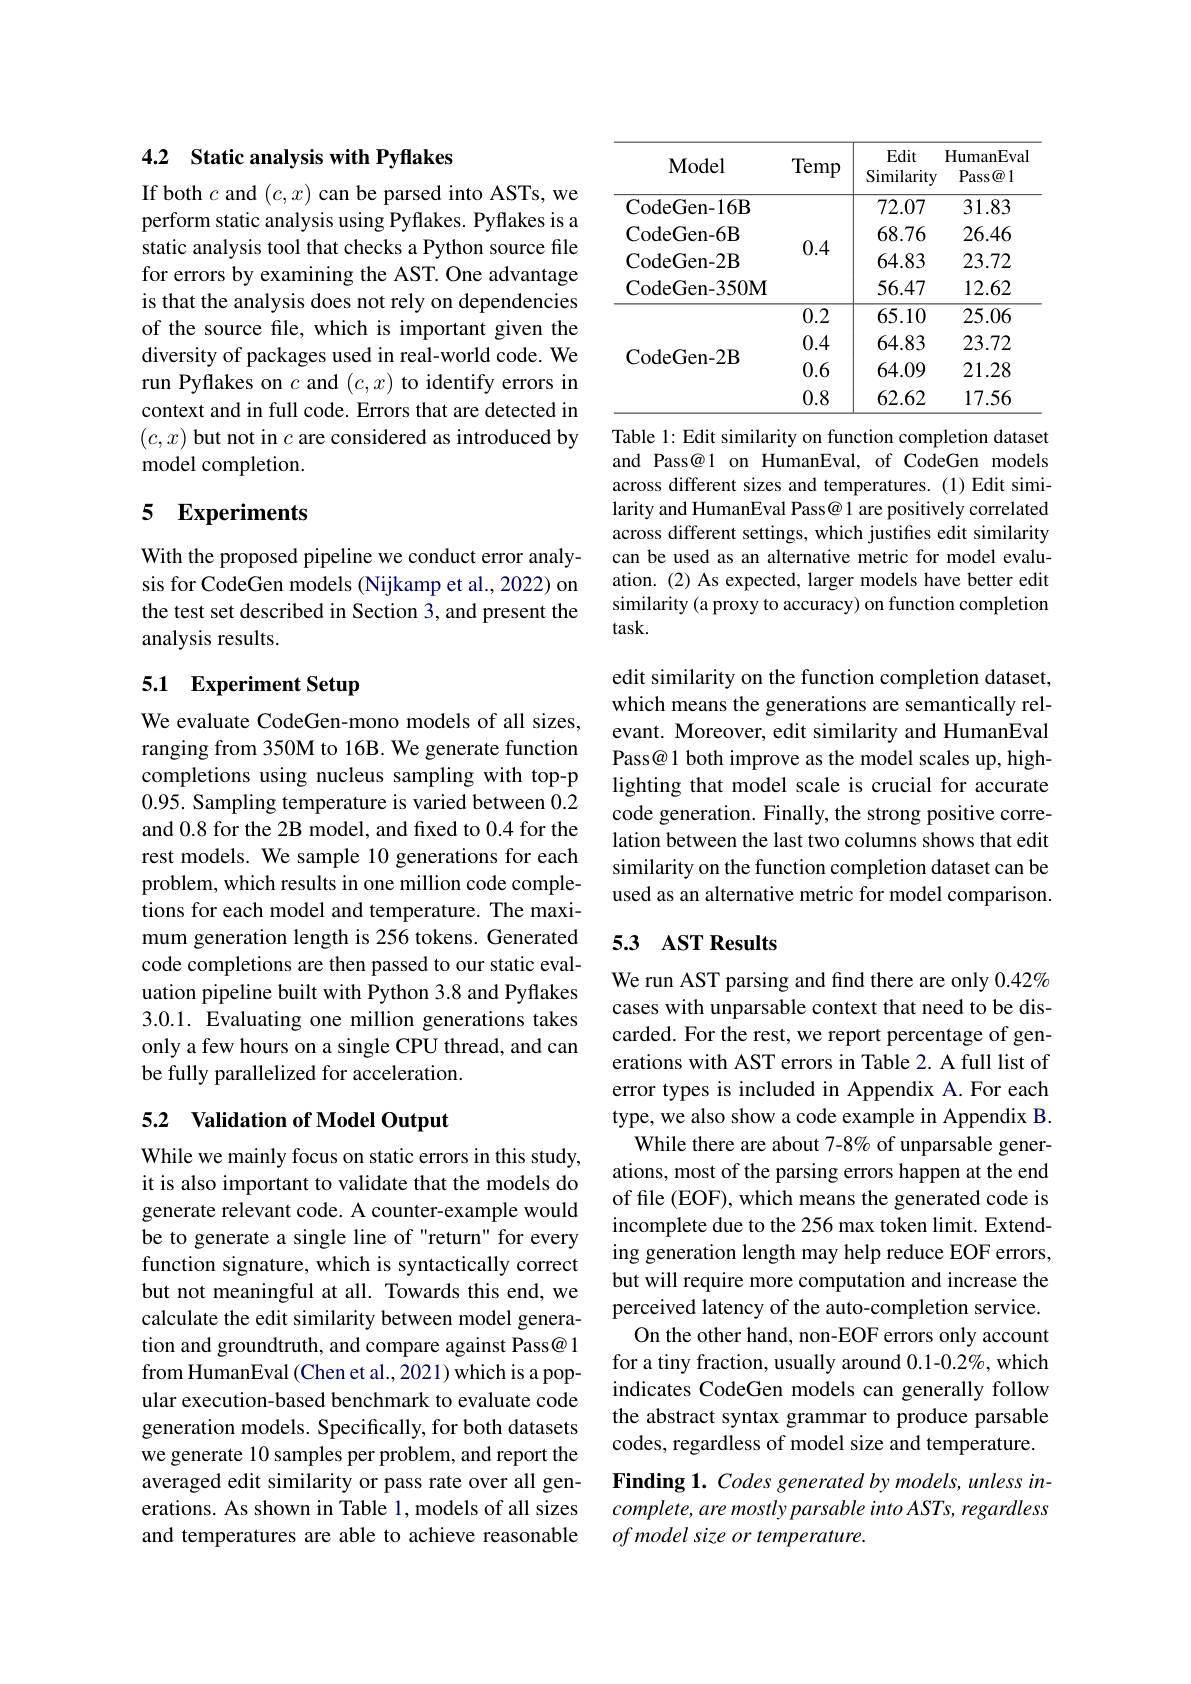
## 4.2 Static analysis with Pyflakes

If both $c$ and $(c,x)$ can be parsed into ASTs, we perform static analysis using Pyflakes. Pyflakes is a static analysis tool that checks a Python source file for errors by examining the AST. One advantage is that the analysis does not rely on dependencies of the source file, which is important given the diversity of packages used in real-world code. We run Pyflakes on $c$ and $(c,x)$ to identify errors in context and in full code. Errors that are detected in $(c,x)$ but not in $c$ are considered as introduced by model completion.

# 5 Experiments

With the proposed pipeline we conduct error analysis for CodeGen models (Nijkamp et al., 2022) on the test set described in Section 3, and present the analysis results.

## 5.1 Experiment Setup

We evaluate CodeGen-mono models of all sizes, ranging from 350M to 16B. We generate function completions using nucleus sampling with top-p 0.95. Sampling temperature is varied between 0.2 and 0.8 for the 2B model, and fixed to 0.4 for the rest models. We sample 10 generations for each problem, which results in one million code completions for each model and temperature. The maximum generation length is 256 tokens. Generated code completions are then passed to our static evaluation pipeline built with Python 3.8 and Pyflakes 3.0.1. Evaluating one million generations takes only a few hours on a single CPU thread, and can be fully parallelized for acceleration.

### 5.2 Validation of Model Output

While we mainly focus on static errors in this study, it is also important to validate that the models do generate relevant code. A counter-example would be to generate a single line of "return" for every function signature, which is syntactically correct but not meaningful at all. Towards this end, we calculate the edit similarity between model generation and groundtruth, and compare against Pass@ 1 from HumanEval (Chen et al., 2021) which is a popular execution-based benchmark to evaluate code generation models. Specifically, for both datasets we generate 10 samples per problem, and report the averaged edit similarity or pass rate over all generations. As shown in Table 1, models of all sizes and temperatures are able to achieve reasonable

<table>
	<tbody>
		<tr>
			<th>Model</th>
			<th>Temp</th>
			<th>Edit Similarity</th>
			<th>HumanEval Pass$\textcircled{a}1$</th>
		</tr>
		<tr>
			<td>CodeGen- 16B</td>
			<td> </td>
			<td>72.07</td>
			<td>31.83</td>
		</tr>
		<tr>
			<td>CodeGen- 350M</td>
			<td> </td>
			<td>56.47</td>
			<td>12.62</td>
		</tr>
		<tr>
			<td> </td>
			<td>0.2</td>
			<td>65.10</td>
			<td>25.06</td>
		</tr>
		<tr>
			<td> </td>
			<td>0.4</td>
			<td>64.83</td>
			<td>23.72</td>
		</tr>
		<tr>
			<td>$coueuen-\angle B$</td>
			<td>0.6</td>
			<td>64.09</td>
			<td>21.28</td>
		</tr>
		<tr>
			<td> </td>
			<td>0.8</td>
			<td>62.62</td>
			<td>17.56</td>
		</tr>
	</tbody>
</table>

Table 1: Edit similarity on function completion dataset and Pass@1 on HumanEval, of CodeGen models across different sizes and temperatures. (1) Edit similarity and HumanEval Pass@ 1 are positively correlated across different settings, which justifies edit similarity can be used as an alternative metric for model evaluation. (2) As expected, larger models have better edit similarity (a proxy to accuracy) on function completion task.

edit similarity on the function completion dataset, which means the generations are semantically relevant. Moreover, edit similarity and HumanEval Pass@1 both improve as the model scales up, highlighting that model scale is crucial for accurate code generation. Finally, the strong positive correlation between the last two columns shows that edit similarity on the function completion dataset can be used as an alternative metric for model comparison.

## 5.3 AST Results

We run AST parsing and find there are only $0.42\%$ cases with unparsable context that need to be discarded. For the rest, we report percentage of generations with AST errors in Table 2. A full list of error types is included in Appendix A.For each type, we also show a code example in Appendix B.
While there are about 7-8% of unparsable generations, most of the parsing errors happen at the end of file (EOF), which means the generated code is incomplete due to the 256 max token limit. Extending generation length may help reduce EOF errors, but will require more computation and increase the perceived latency of the auto-completion service.
On the other hand, non-EOF errors only account for a tiny fraction, usually around 0.1-0.2%, which indicates CodeGen models can generally follow the abstract syntax grammar to produce parsable codes, regardless of model size and temperature. Finding 1. Codes generated by models, unless incomplete, are mostly parsable into ASTs, regardless of model size or temperature.